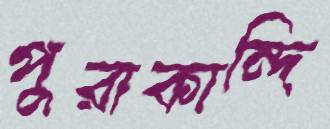
পুরাকান্দি